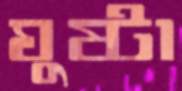
ঘুষ্টা